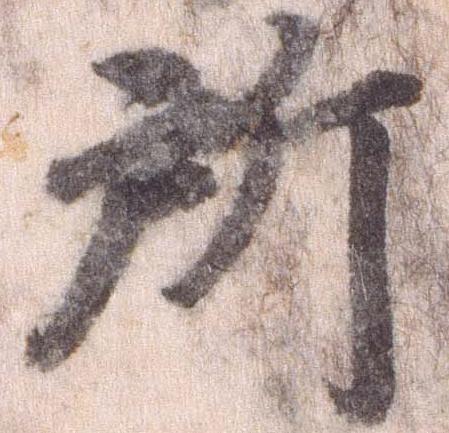
所